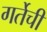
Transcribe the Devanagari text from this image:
गर्तेची